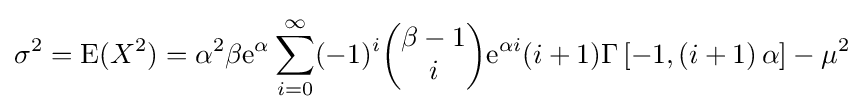
\sigma ^{2}={\text{E}}(X^{2})=\alpha ^{2}\beta \mathrm {e} ^{\alpha }\sum _{i=0}^{\infty }(-1)^{i}{\begin{pmatrix}\beta -1\\i\end{pmatrix}}\mathrm {e} ^{\alpha i}(i+1)\Gamma \left[-1,\left(i+1\right)\alpha \right]-\mu ^{2}